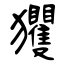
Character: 玃